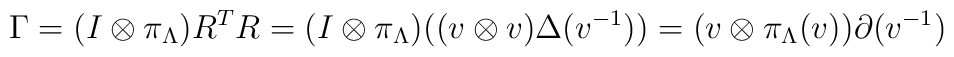
\Gamma=(I\otimes\pi_{\Lambda})R^TR=(I\otimes \pi_{\Lambda})((v\otimes v)\Delta(v^{-1}))=(v\otimes\pi_{\Lambda}(v))\partial(v^{-1})